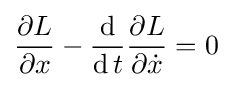
{\partial L \over \partial x}-{\operatorname {d}  \over \operatorname {d} t}{\partial L \over \partial {\dot {x}}}=0